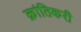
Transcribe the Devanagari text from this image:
क्रांतिकरी